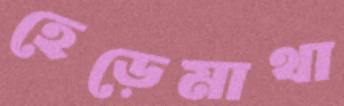
হেড়েমাথা